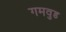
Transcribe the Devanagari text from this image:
गमवुड